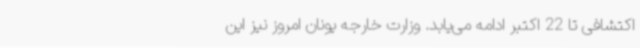
اکتشافی تا 22 اکتبر ادامه می‌یابد. وزارت خارجه یونان امروز نیز این